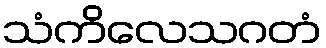
သံကိလေသဂတံ